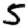
Digit: 5